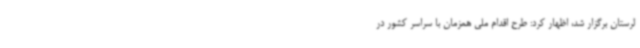
لرستان برگزار شد، اظهار کرد: طرح اقدام ملی همزمان با سراسر کشور در